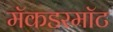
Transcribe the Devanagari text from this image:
मॅकडरमॉट